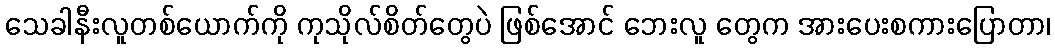
သေခါနီးလူတစ်ယောက်ကို ကုသိုလ်စိတ်တွေပဲ ဖြစ်အောင် ဘေးလူ တွေက အားပေးစကားပြောတာ၊